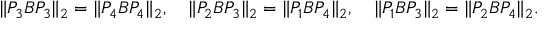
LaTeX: \| P _ { 3 } B P _ { 3 } \| _ { 2 } = \| P _ { 4 } B P _ { 4 } \| _ { 2 } , \quad \| P _ { 2 } B P _ { 3 } \| _ { 2 } = \| P _ { 1 } B P _ { 4 } \| _ { 2 } , \quad \| P _ { 1 } B P _ { 3 } \| _ { 2 } = \| P _ { 2 } B P _ { 4 } \| _ { 2 } .